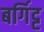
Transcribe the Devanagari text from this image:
बर्गिट्ट